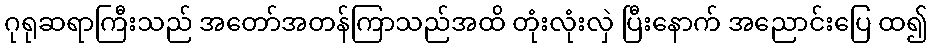
ဂုရုဆရာကြီးသည် အတော်အတန်ကြာသည်အထိ တုံးလုံးလှဲ ပြီးနောက် အညောင်းပြေ ထ၍